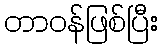
တာဝန်ဖြစ်ပြီး